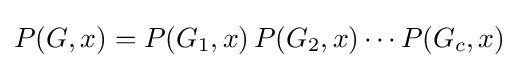
P(G,x)=P(G_{1},x)\,P(G_{2},x)\cdots P(G_{c},x)